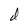
Character: d